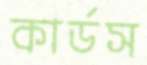
কার্ডস